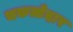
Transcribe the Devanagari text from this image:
चकत्तेदार